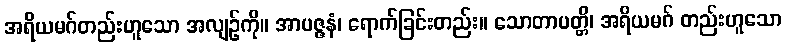
အရိယမဂ်တည်းဟူသော အလျဉ်ကို။ အာပဇ္ဇနံ၊ ရောက်ခြင်းတည်း။ သောတာပတ္တိ၊ အရိယမဂ် တည်းဟူသော